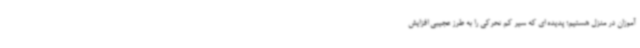
آموزان در منزل هستیم؛ پدیده ای که سیر کم تحرکی را به طرز عجیبی افزایش